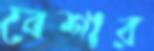
বেশার